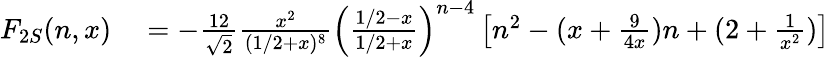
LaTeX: \begin{array}{rl}{F_{2S}(n,x)}&{{}=-\frac{12}{\sqrt{2}}\frac{x^{2}}{(1/2+x)^{8}}\left(\frac{1/2-x}{1/2+x}\right)^{n-4}\left[n^{2}-(x+\frac{9}{4x})n+(2+\frac{1}{x^{2}})\right]}\end{array}